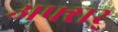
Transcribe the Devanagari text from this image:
अफ्सर्